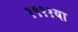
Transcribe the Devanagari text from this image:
१९११या